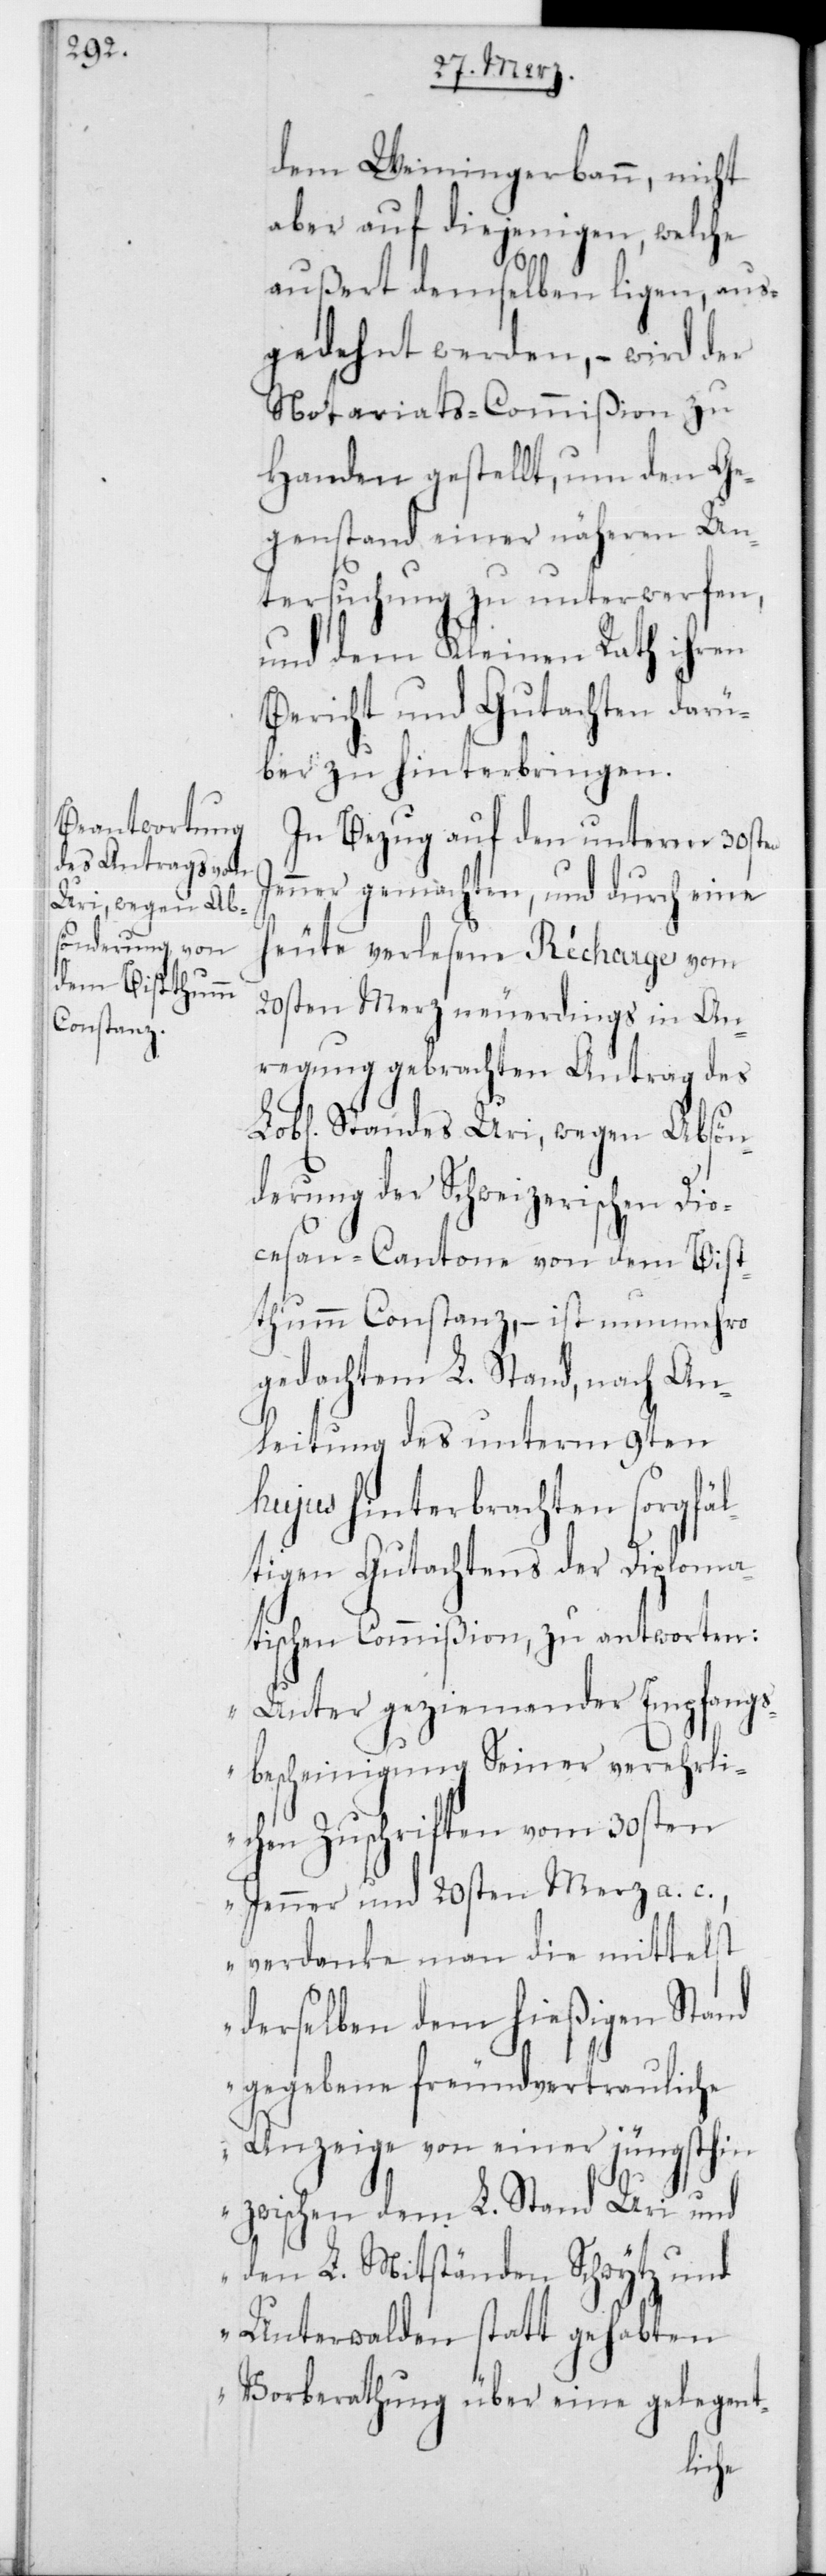
dem Weiningerbann, nicht
aber auf diejenigen, welche
außert demselben liegen, aus¬
gedehnt werden, – wird der
Notariats-Commißion zu
Handen gestellt, um den Ge¬
genstand einer näheren Un¬
tersuchung zu unterwerfen,
und dem Kleinen Rath ihren
Bericht und Gutachten darü¬
ber zu hinterbringen.
In Bezug auf den unterm 30sten
Jenner gemachten, und durch eine
heute verlesene Récharge vom
20sten Merz neuerdings in An¬
regung gebrachten Antrag des
L. Standes Uri, wegen Absön¬
derung der Schweizerischen Dio¬
cesan-Cantone von dem Bist¬
humm Constanz, – ist nunmehro
gedachtem L. Stand, nach An¬
leitung des unterm 9ten
hujus hinterbrachten sorgfäl¬
tigen Gutachtens der diploma¬
tischen Commißion, zu antworten:
„Unter geziemender Empfangs¬
bescheinigung seiner verehrli¬
chen Zuschriften vom 30sten
Jenner und 20sten Merz a. c.,
verdanke man die mittelst
derselben dem hießigen Stand
gegebene freundvertrauliche
Anzeige von einer jüngsthin
zwischen dem L. Stand Uri und
denL. Mitständen Schwytz und
Unterwalden stattgehabten
Vorberathung über eine gelegent-